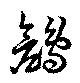
鶬